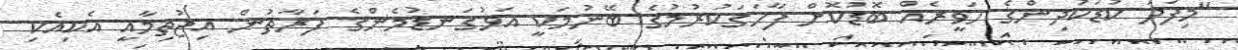
"މިފަދަ ކުޑަކުދިންގެ ހަވީރެއް ބޮޑުކޮށް ފާހަގަކުރުމުގެ ބޭނުމަކީ އަޅުގަނޑުމެންގެ ފަރާތުން އިޖުތިމާއީ އެކިއެކި